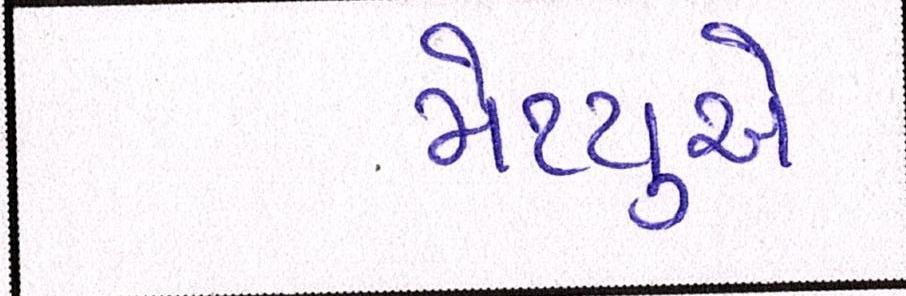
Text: મેથ્યુએ